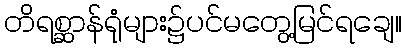
တိရစ္ဆာန်ရုံများ၌ပင်မတွေ့မြင်ရချေ။